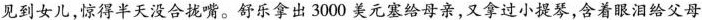
见到女儿，惊得半天没合拢嘴。舒乐拿出3000 美元塞给导亲，又拿过小提琴，含着眼泪给父母